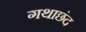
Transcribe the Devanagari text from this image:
गथाछंद